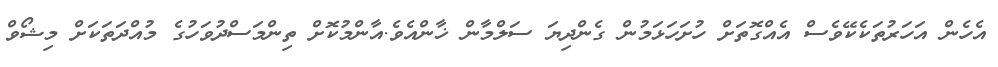
އެހެން އަހަރުތަކެކޭވެސް އެއްގޮތަށް ހުށަހަޅަމުން ގެންދިޔަ ސަލްމާން ޚާންއެވެ.އާންމުކޮށް ތިންމަސްދުވަހުގެ މުއްދަތަކަށް މިޝޯވް